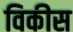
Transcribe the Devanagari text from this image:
विकीस